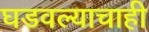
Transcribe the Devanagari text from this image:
घडवल्याचाही